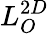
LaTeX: L_{O}^{2D}